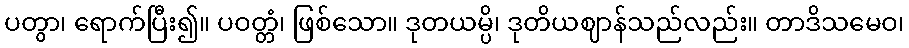
ပတွာ၊ ရောက်ပြီး၍။ ပဝတ္တံ၊ ဖြစ်သော။ ဒုတယမ္ပိ၊ ဒုတိယဈာန်သည်လည်း။ တာဒိသမေဝ၊